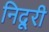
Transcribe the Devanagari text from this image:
निदूरी